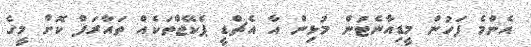
އެންމެ ފަހުން މީޑިއާނެޓުން މުޅިން އާ އެޗްޑީ ޕެކޭޖްތަކެއް ތައާރަފް ކޮށް މީގެ